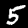
Digit: 5